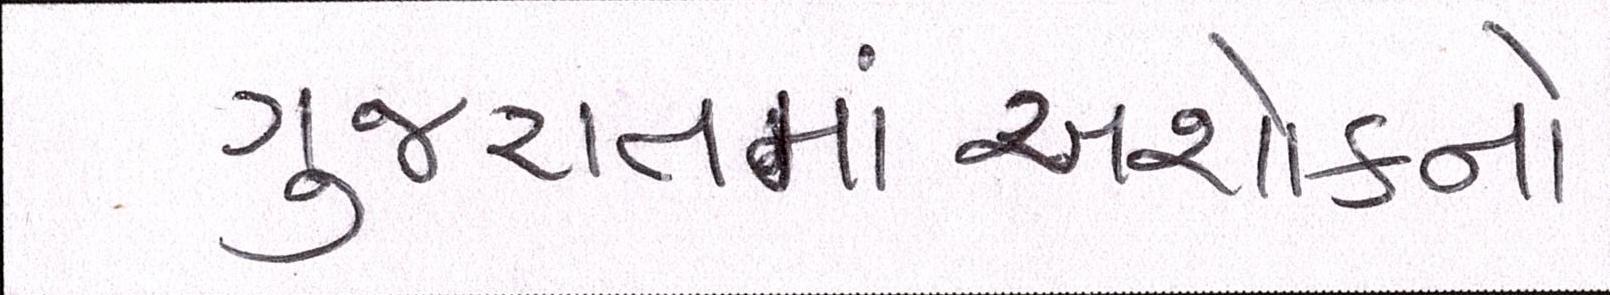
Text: ગુજરાતમાંઅશોકનો